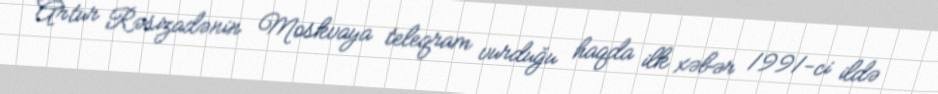
Artur Rəsizadənin Moskvaya teleqram vurduğu haqda ilk xəbər 1991-ci ildə